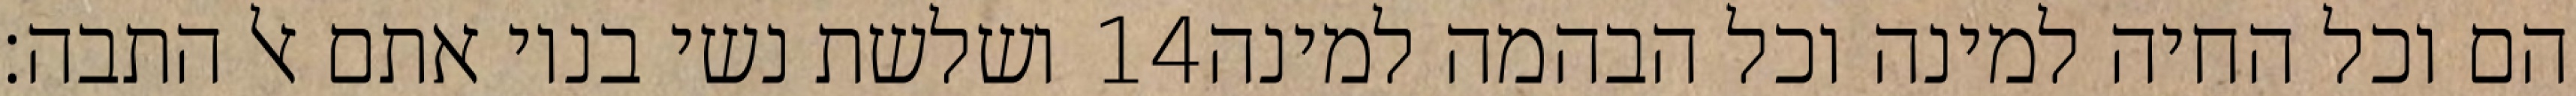
ושלשת נשי בניו אתם אל התבה׃ ‎14‏ הם וכל החיה למינה וכל הבהמה למינה